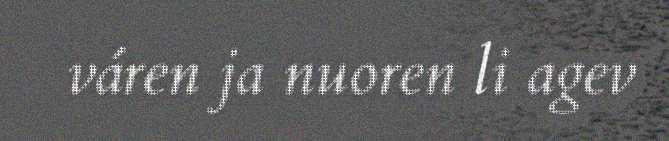
váren ja nuoren li agev